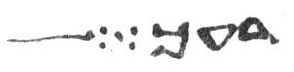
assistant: רעך